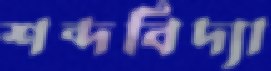
শব্দবিদ্যা